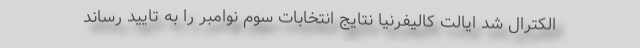
الکترال شد ایالت کالیفرنیا نتایج انتخابات سوم نوامبر را به تایید رساند